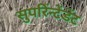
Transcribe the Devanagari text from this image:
सुपरिंन्टेंडेंट